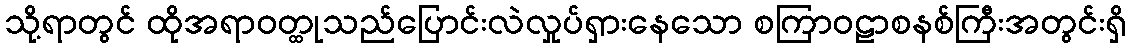
သို့ရာတွင် ထိုအရာဝတ္ထုသည်ပြောင်းလဲလှုပ်ရှားနေသော စကြာဝဠာစနစ်ကြီးအတွင်းရှိ